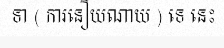
ទា ( ការនឿយណាយ ) ទេ នេះ